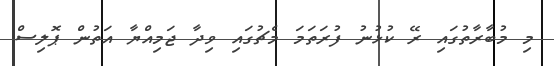
މި މުބާރާތުގައި ރޭ ކުޅުނު ފުރަތަމަ މެޗުގައި ވިދާ ޖަމިއްޔާ އަތުން ޕޮލިސް